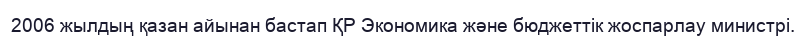
2006 жылдың қазан айынан бастап ҚР Экономика және бюджеттік жоспарлау министрі.